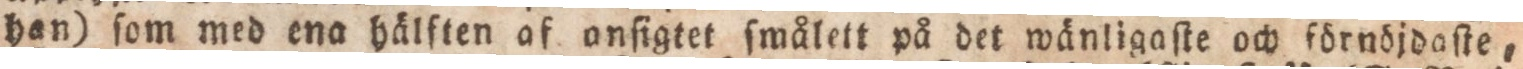
han) ſom med ena hålften af onſigtet ſmålett på det wånligaſte och fdrndjdaſte,